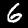
Label: 6